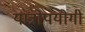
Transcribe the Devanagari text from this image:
यात्रोपयोगी